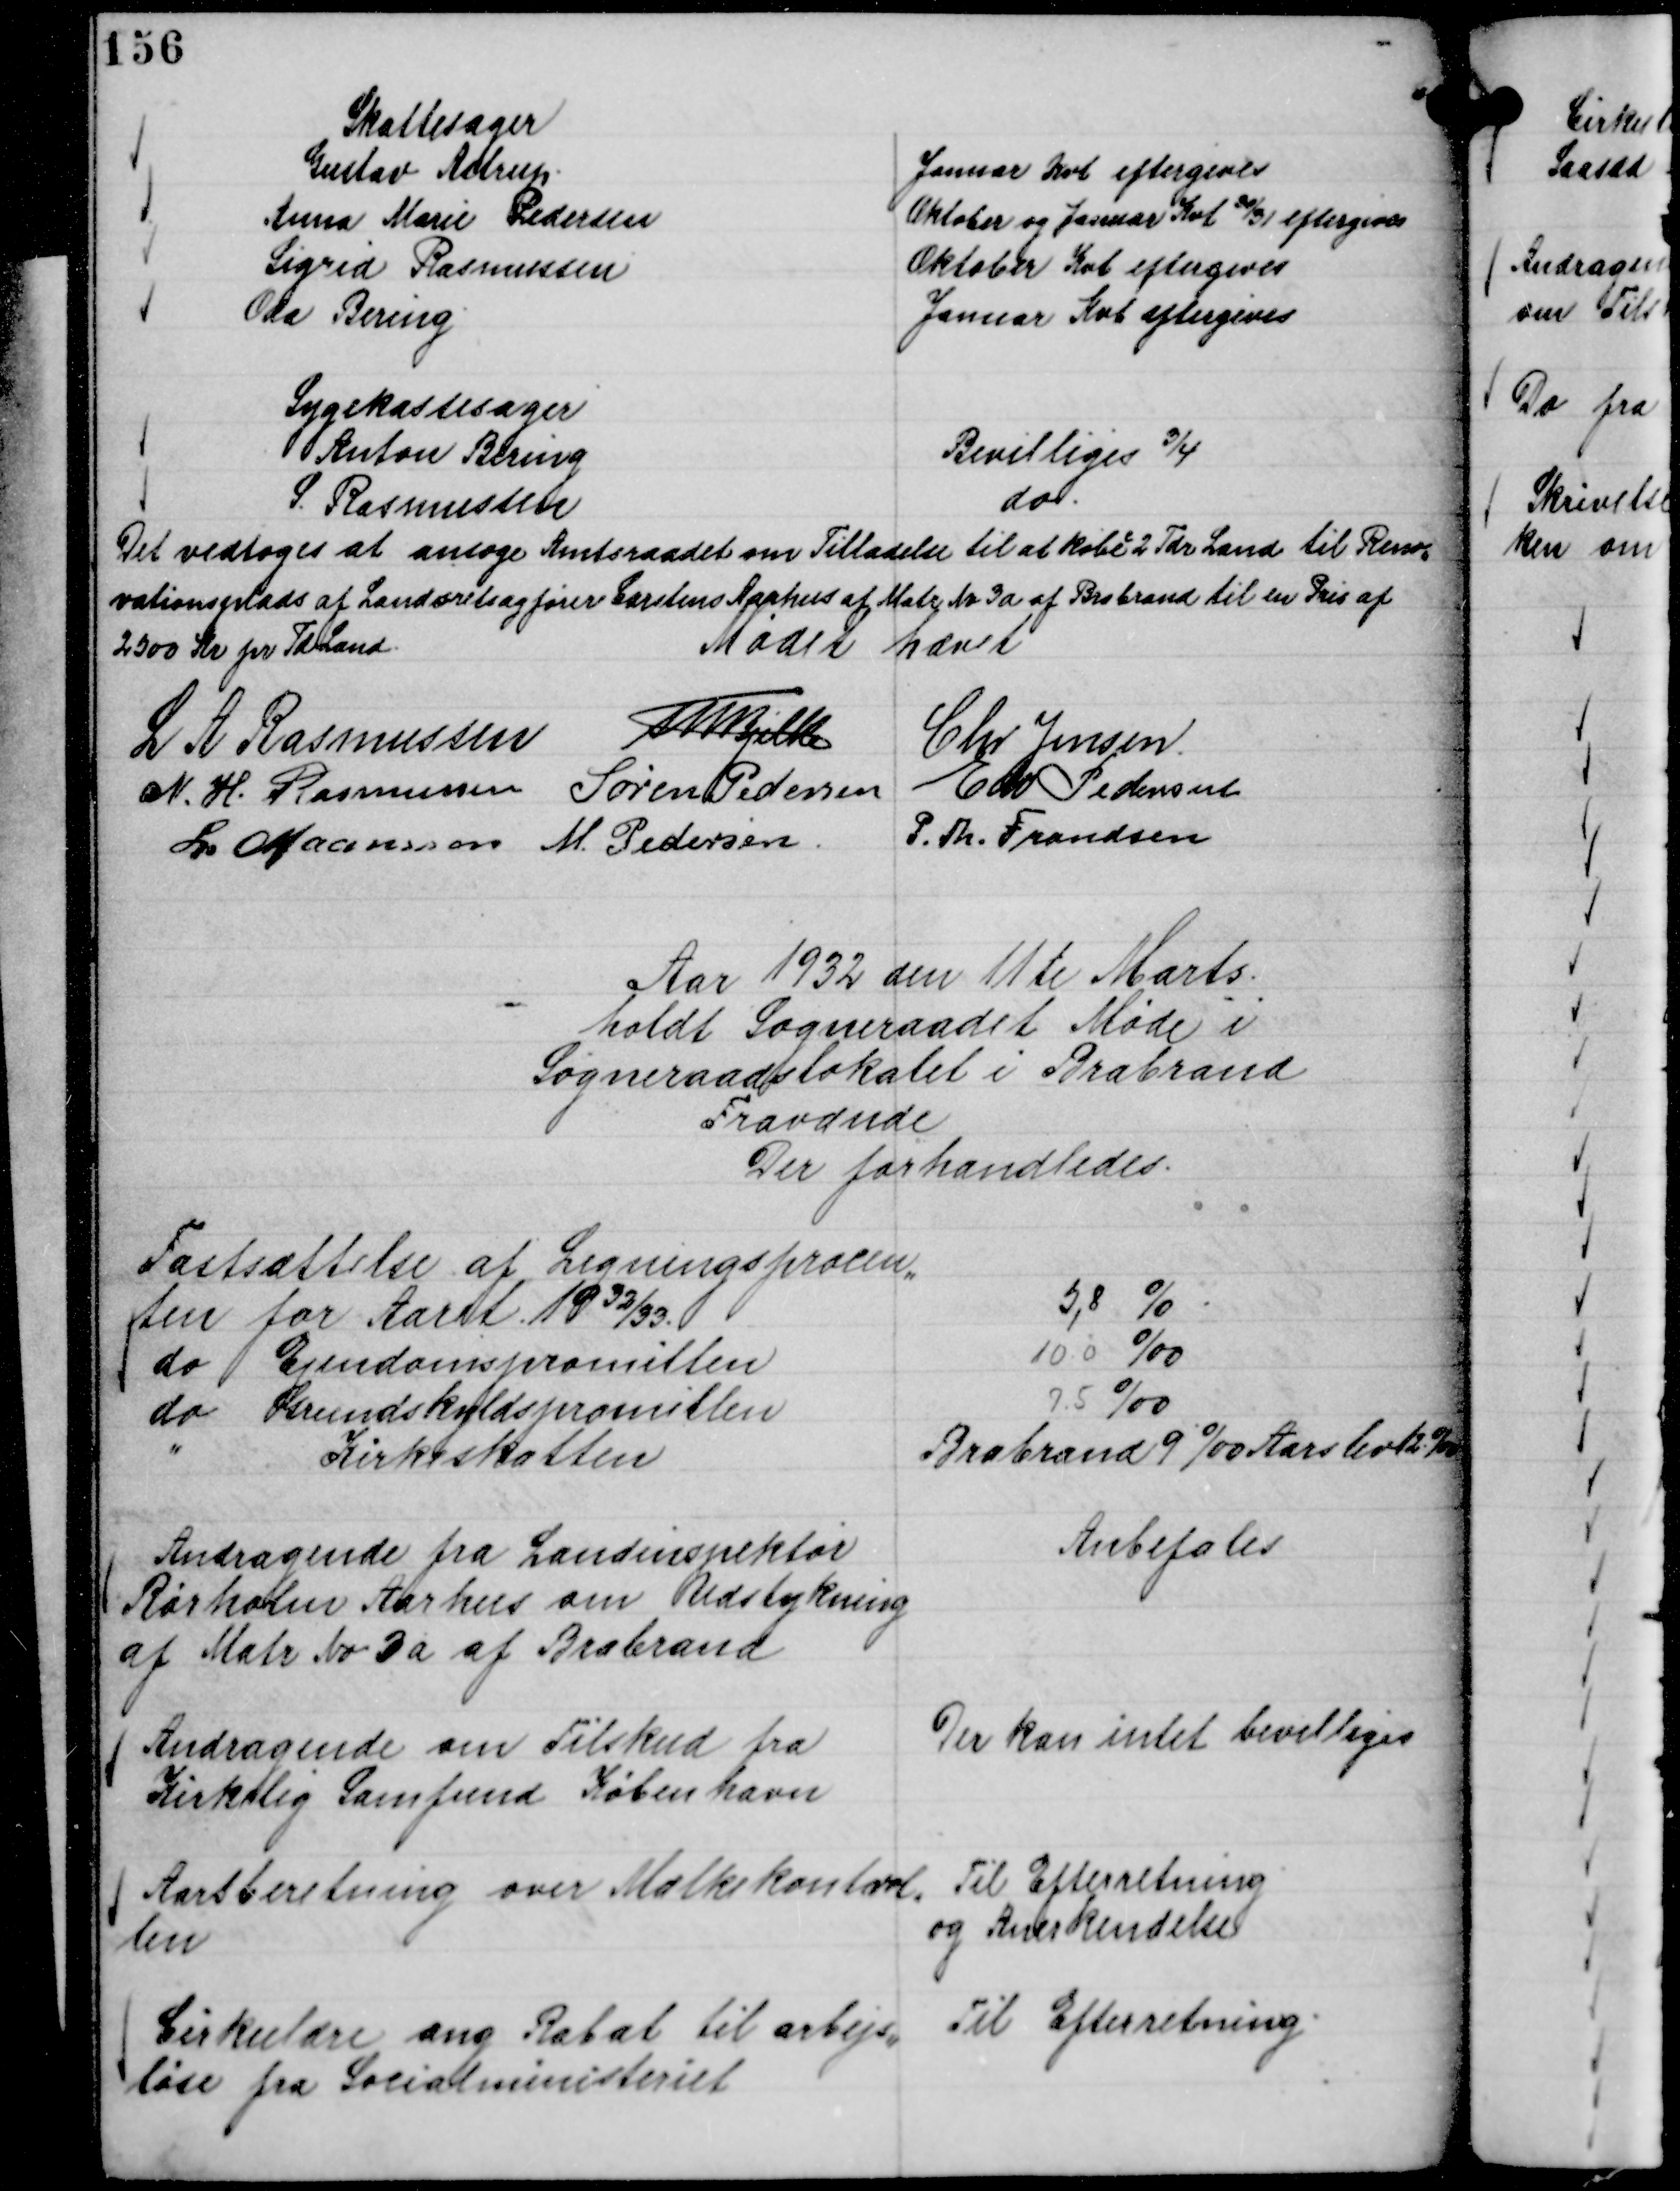
Transskription:
Skattesager
Gustav Astrup.
Januar Kvt eftergives
Anna Marie Pedersen
Oktober og Januar Kvt
30/31 eftergives
Sigrid Rasmussen
Oktober Kvt eftergives
Oda Bering.
Januar Kvt eftergives

Sygekassesager
Anton Bering
Bevilliges ¾
S. Rasmussen
do.

Det vedtoges at ansøge Amtsraadet om Tilladelse til at købe
2 Tdr Land til Reno,,
vationsplads af Landsretsagfører Carstens Aarhus af Matr No 3 a 
af Brabrand til en Pris af
2500 Kr pr Td Land.

Mødet hævet
L A Rasmussen
Th Bjelke
Chr Jensen
N. H. Rasmussen
Søren Pedersen
Edv Pedersen
L Maansson
M. Pedersen.
P. Th. Frandsen

Aar 1932 den 11te Marts .
holdt Sogneraadet Møde i
Sogneraadslokalet i Brabrand
Fraværende
Der forhandledes.

Fastsættelse af Ligningsprocen,,
ten for Aaret 1932/33
5,8 %
do Ejendomspromillen
10.0 o/oo
do Grundskyldspromillen
7.5 o/oo
" Kirkeskatten
Brabrand 9 o/oo Aarslev 12 o/oo

Andragende fra Landinspektør
Rørholm Aarhus om Udstykning
af Matr No 3 a af Brabrand

Anbefales

Andragende om Tilskud fra
Kirkelig Samfund København

Der kan intet bevilliges

Aarsberetning over Mælkekontrol,,
len

Til Efterretning
og Anerkendelse

Cirkulære ang Rabat til arbejs,,
løse fra Socialministeriet

Til Efterretning.